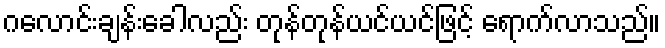
ဂလောင်းချန်းခေါလည်း တုန်တုန်ယင်ယင်ဖြင့် ရောက်လာသည်။